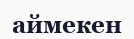
аймекен